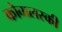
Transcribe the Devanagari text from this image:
कोवालस्की